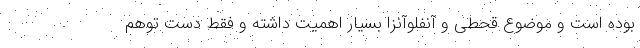
بوده است و موضوع قحطی و آنفلوآنزا بسیار اهمیت داشته و فقط دست توهم